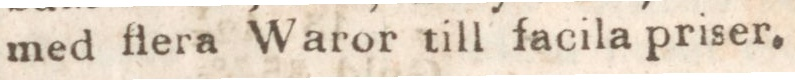
med flera Waror till facila priser.